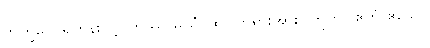
ဘိက္ခဝေ၊ ရဟန်းတို့။ တဿ မယှံ၊ ထိုငါဘုရားအား။ ဣတိ (ဧတံ ဧသော